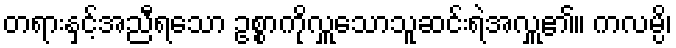
တရားနှင့်အညီရသော ဥစ္စာကိုလှူသောသူဆင်းရဲအလှူ၏။ ကလမ္ပိ၊